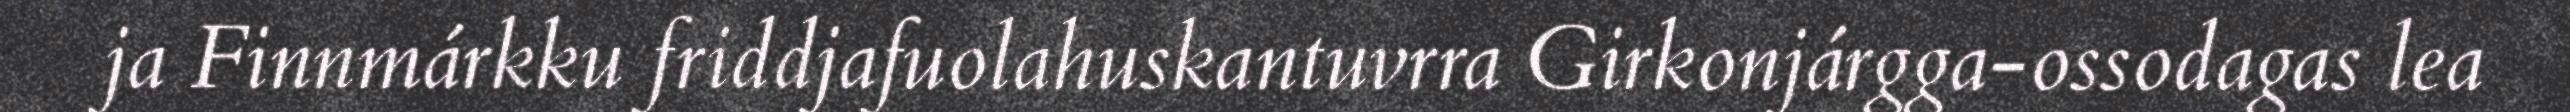
ja Finnmárkku friddjafuolahuskantuvrra Girkonjárgga-ossodagas lea